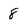
Character: 8